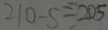
2 1 0 - 5 = 2 0 5